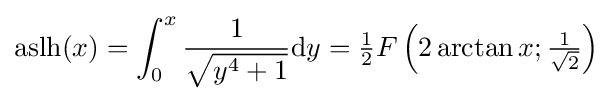
\operatorname {aslh} (x)=\int _{0}^{x}{\frac {1}{\sqrt {y^{4}+1}}}\mathrm {d} y={\tfrac {1}{2}}F\left(2\arctan x;{\tfrac {1}{\sqrt {2}}}\right)